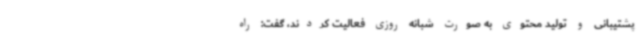
پشتیبانی و تولید محتوی به صورت شبانه روزی فعالیت کردند، گفت: راه